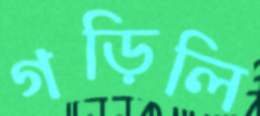
গড়িলি